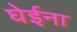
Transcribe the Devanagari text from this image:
घेईना